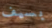
بسيف